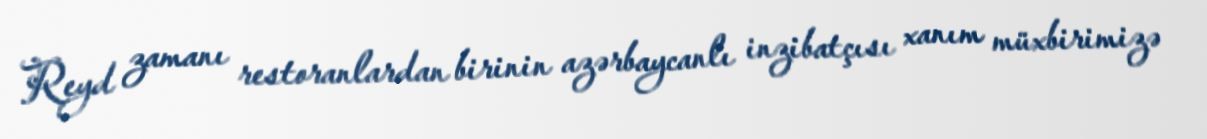
Reyd zamanı restoranlardan birinin azərbaycanlı inzibatçısı xanım müxbirimizə